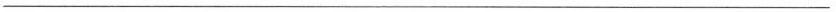
——————